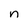
Character: n